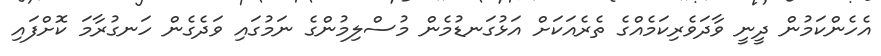
އެހެންކަމުން ދީނީ ވާދަވެރިކަމެއްގެ ތެރެއަކަށް އަޅުގަނޑުމެން މުސްލިމުންގެ ނަމުގައި ވަދެގެން ހަނގުރާމަ ކޮށްފައި